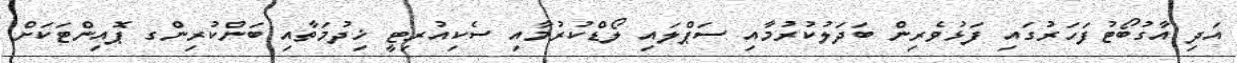
އަދި އާގުބޯޓުފަހަރުގައި ފަޅުވެރިން ބަދަލުކުރުމާއި ސަޕްލައި ލޯޑްކުރުމާއި ސެކިއުރިޓީ ޚިދުމަތާއި ބަންކުރިންގ ޕޮއިންޓަކަށް